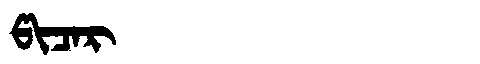
Manchu: ᡦᡳᠴᠠᡵ
Romanization: PICAR